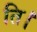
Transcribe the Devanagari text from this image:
ति।